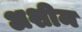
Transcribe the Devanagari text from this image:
अशीम